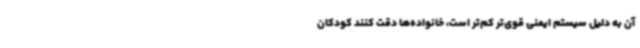
آن به دلیل سیستم ایمنی قوی‌تر کم‌تر است، خانواده‌ها دقت کنند کودکان